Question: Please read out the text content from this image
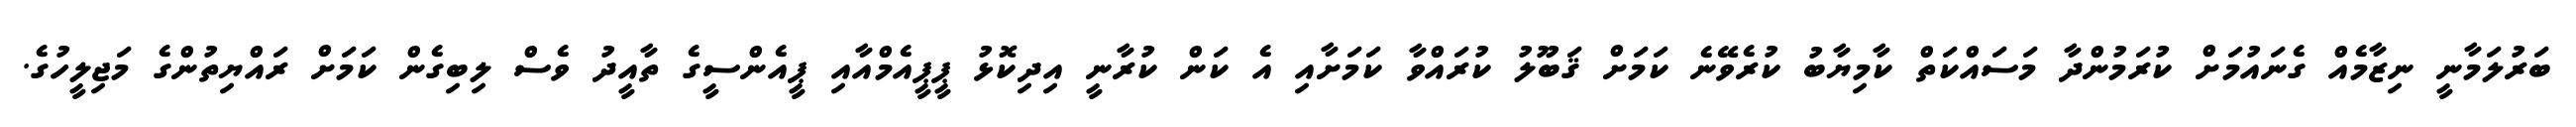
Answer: ބަރުލަމާނީ ނިޒާމެއް ގެނައުމަށް ކުރަމުންދާ މަސައްކަތް ކާމިޔާބު ކުރެވޭނެ ކަމަށް ޤަބޫލު ކުރައްވާ ކަމަށާއި އެ ކަން ކުރާނީ އިދިކޮޅު ޕީޕީއެމްއާއި ޕީއެންސީގެ ތާއީދު ވެސް ލިބިގެން ކަމަށް ރައްޔިތުންގެ މަޖިލީހުގެ.